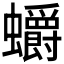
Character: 𲀓